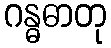
ဂန္ဓဓာတု